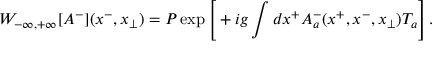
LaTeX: { \cal W } _ { - \infty , + \infty } [ A ^ { - } ] ( x ^ { - } , x _ { \perp } ) = { \cal P } \exp \Bigg [ + i g \int d x ^ { + } A _ { a } ^ { - } ( x ^ { + } , x ^ { - } , x _ { \perp } ) T _ { a } \Bigg ] \, .